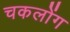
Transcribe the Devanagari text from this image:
चकलोंग